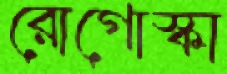
রোগোস্কা